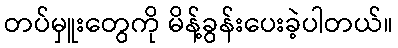
တပ်မှူးတွေကို မိန့်ခွန်းပေးခဲ့ပါတယ်။